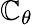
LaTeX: \mathbb{C}_{\theta}